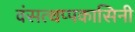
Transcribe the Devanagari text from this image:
वंसत्थप्पकासिनी